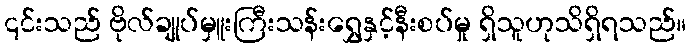
၎င်းသည် ဗိုလ်ချုပ်မှူးကြီးသန်းရွှေနှင့်နီးစပ်မှု ရှိသူဟုသိရှိရသည်။